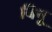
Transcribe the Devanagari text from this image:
बिनू